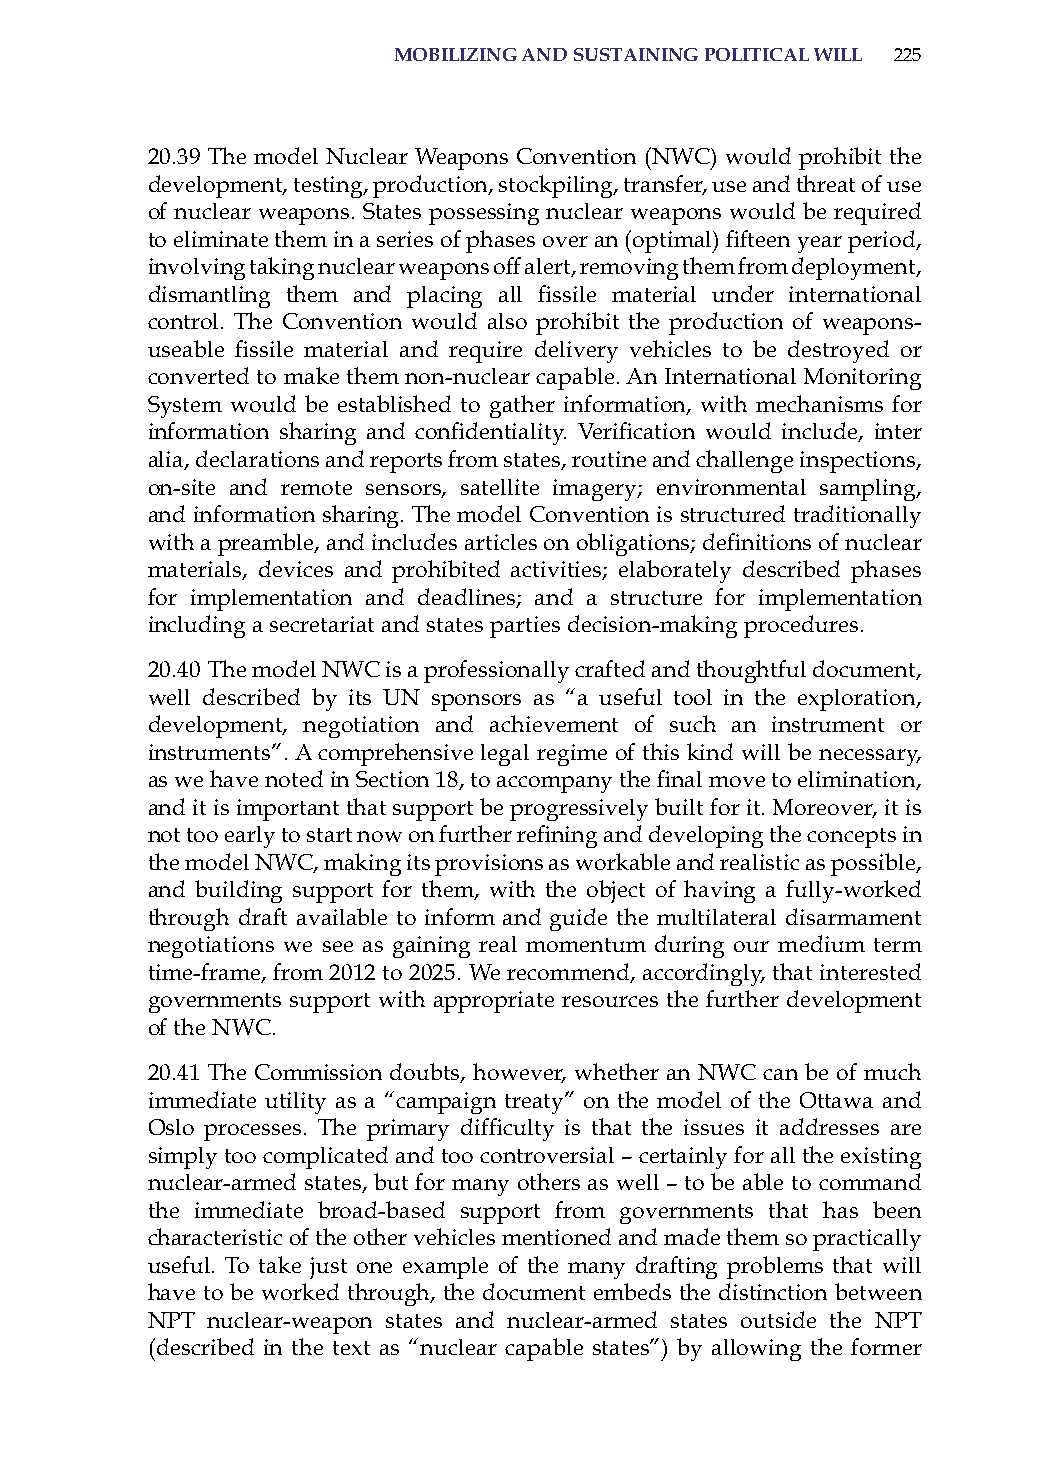
moBilizinG and sustaininG Political will 225
 20.39 The model Nuclear Weapons Convention (NWC) would prohibit the
 development, testing, production, stockpiling, transfer, use and threat of use
 of nuclear weapons. states possessing nuclear weapons would be required
 to eliminate them in a series of phases over an (optimal) fifteen year period,
 involving taking nuclear weapons off alert, removing them from deployment,
 dismantling them and placing all fissile material under international
 control. The Convention would also prohibit the production of weapons-
 useable fissile material and require delivery vehicles to be destroyed or
 converted to make them non-nuclear capable. an international Monitoring
 system would be established to gather information, with mechanisms for
 information sharing and confidentiality. Verification would include, inter
 alia, declarations and reports from states, routine and challenge inspections,
 on-site and remote sensors, satellite imagery; environmental sampling,
 and information sharing. The model Convention is structured traditionally
 with a preamble, and includes articles on obligations; definitions of nuclear
 materials, devices and prohibited activities; elaborately described phases
 for implementation and deadlines; and a structure for implementation
 including a secretariat and states parties decision-making procedures.
 20.40 The model NWC is a professionally crafted and thoughtful document,
 well described by its UN sponsors as “a useful tool in the exploration,
 development, negotiation and achievement of such an instrument or
 instruments”. a comprehensive legal regime of this kind will be necessary,
 as we have noted in Section 18, to accompany the final move to elimination,
 and it is important that support be progressively built for it. Moreover, it is
 not too early to start now on further refining and developing the concepts in
 the model NWC, making its provisions as workable and realistic as possible,
 and building support for them, with the object of having a fully-worked
 through draft available to inform and guide the multilateral disarmament
 negotiations we see as gaining real momentum during our medium term
 time-frame, from 2012 to 2025. We recommend, accordingly, that interested
 governments support with appropriate resources the further development
 of the NWC.
 20.41 The Commission doubts, however, whether an NWC can be of much
 immediate utility as a “campaign treaty” on the model of the ottawa and
 Oslo processes. The primary difficulty is that the issues it addresses are
 simply too complicated and too controversial – certainly for all the existing
 nuclear-armed states, but for many others as well – to be able to command
 the immediate broad-based support from governments that has been
 characteristic of the other vehicles mentioned and made them so practically
 useful. To take just one example of the many drafting problems that will
 have to be worked through, the document embeds the distinction between
 NPT nuclear-weapon states and nuclear-armed states outside the NPT
 (described in the text as “nuclear capable states”) by allowing the former